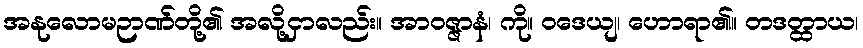
အနုလောမဉာဏ်တို့၏ အလို့ငှာလည်း။ အာဝဇ္ဇာနံ၊ ကို။ ဝဒေယျ၊ ဟောရာ၏။ တဒတ္ထာယ၊